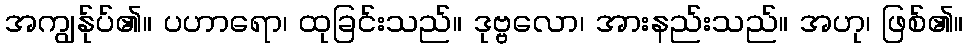
အကျွန်ုပ်၏။ ပဟာရော၊ ထုခြင်းသည်။ ဒုဗ္ဗလော၊ အားနည်းသည်။ အဟု၊ ဖြစ်၏။